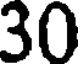
30